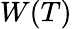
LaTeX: W(T)